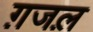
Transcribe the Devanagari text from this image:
ग़जल़